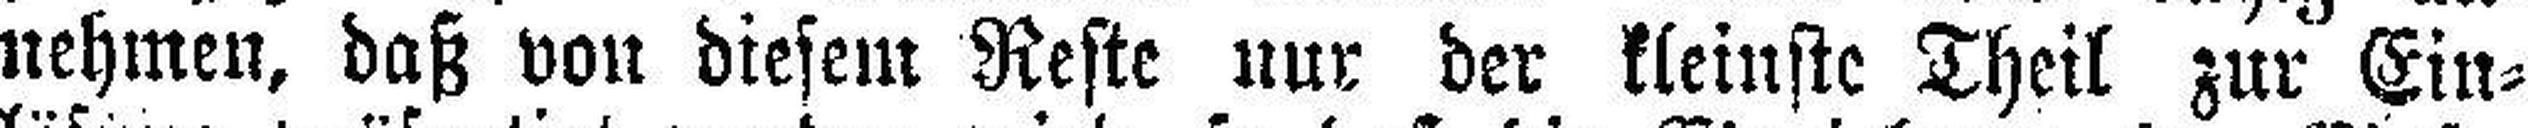
nehmen, daß von diesem Reste nur der kleinste Theil zur Ein¬